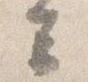
云